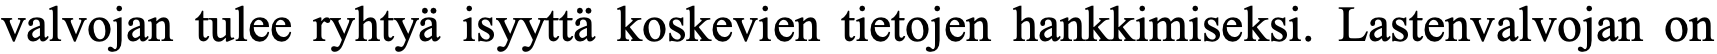
valvojan tulee ryhtyä isyyttä koskevien tietojen hankkimiseksi. Lastenvalvojan on